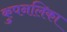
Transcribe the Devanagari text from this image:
कुपनलिका